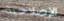
الإصلاحية